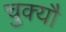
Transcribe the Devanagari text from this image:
चुक्यौ